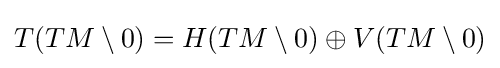
T(TM\setminus 0)=H(TM\setminus 0)\oplus V(TM\setminus 0)